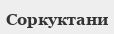
Соркуктани